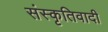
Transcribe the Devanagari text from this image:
संस्कृतिवादी